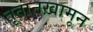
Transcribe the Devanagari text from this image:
तूतानख़ामून